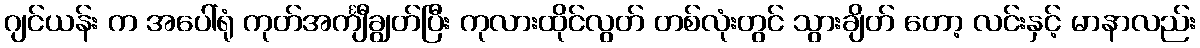
ဂျင်ယန်း က အပေါ်ရုံ ကုတ်အင်္ကျီချွတ်ပြီး ကုလားထိုင်လွတ် တစ်လုံးတွင် သွားချိတ် တော့ လင်းနှင့် မာနာလည်း